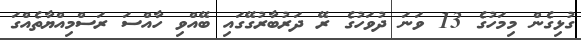
ގުޅިގެން މިމަހުގެ 13 ވަނަ ދުވަހުގެ ރޭ ދަރުބާރުގޭގައި ބޭއްވި ހާއްސަ ރަސްމިއްޔާތެއްގަ